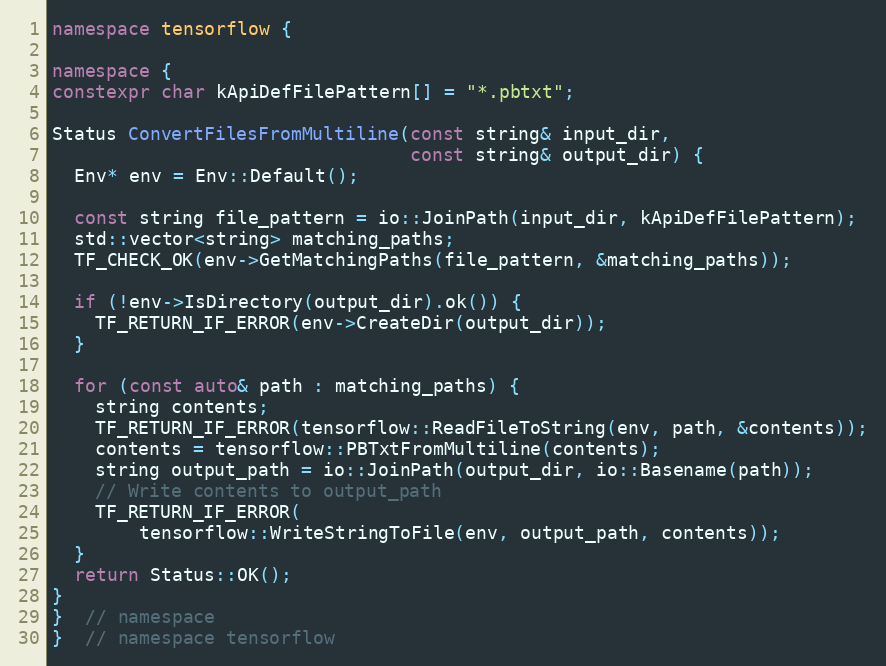
Language: C++
namespace tensorflow {

namespace {
constexpr char kApiDefFilePattern[] = "*.pbtxt";

Status ConvertFilesFromMultiline(const string& input_dir,
                                 const string& output_dir) {
  Env* env = Env::Default();

  const string file_pattern = io::JoinPath(input_dir, kApiDefFilePattern);
  std::vector<string> matching_paths;
  TF_CHECK_OK(env->GetMatchingPaths(file_pattern, &matching_paths));

  if (!env->IsDirectory(output_dir).ok()) {
    TF_RETURN_IF_ERROR(env->CreateDir(output_dir));
  }

  for (const auto& path : matching_paths) {
    string contents;
    TF_RETURN_IF_ERROR(tensorflow::ReadFileToString(env, path, &contents));
    contents = tensorflow::PBTxtFromMultiline(contents);
    string output_path = io::JoinPath(output_dir, io::Basename(path));
    // Write contents to output_path
    TF_RETURN_IF_ERROR(
        tensorflow::WriteStringToFile(env, output_path, contents));
  }
  return Status::OK();
}
}  // namespace
}  // namespace tensorflow